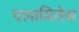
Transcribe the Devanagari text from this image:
एलामितेस